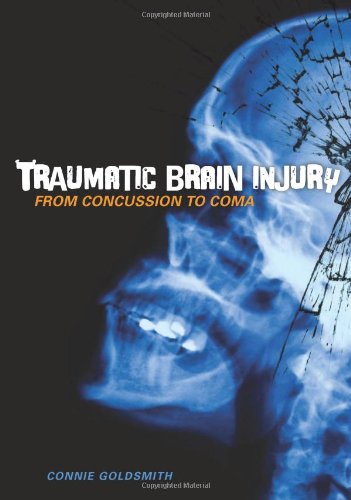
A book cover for Traumatic Brain Injury: From Concussion to Coma (Nonfiction - Young Adult); Connie Goldsmith; Teen & Young Adult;